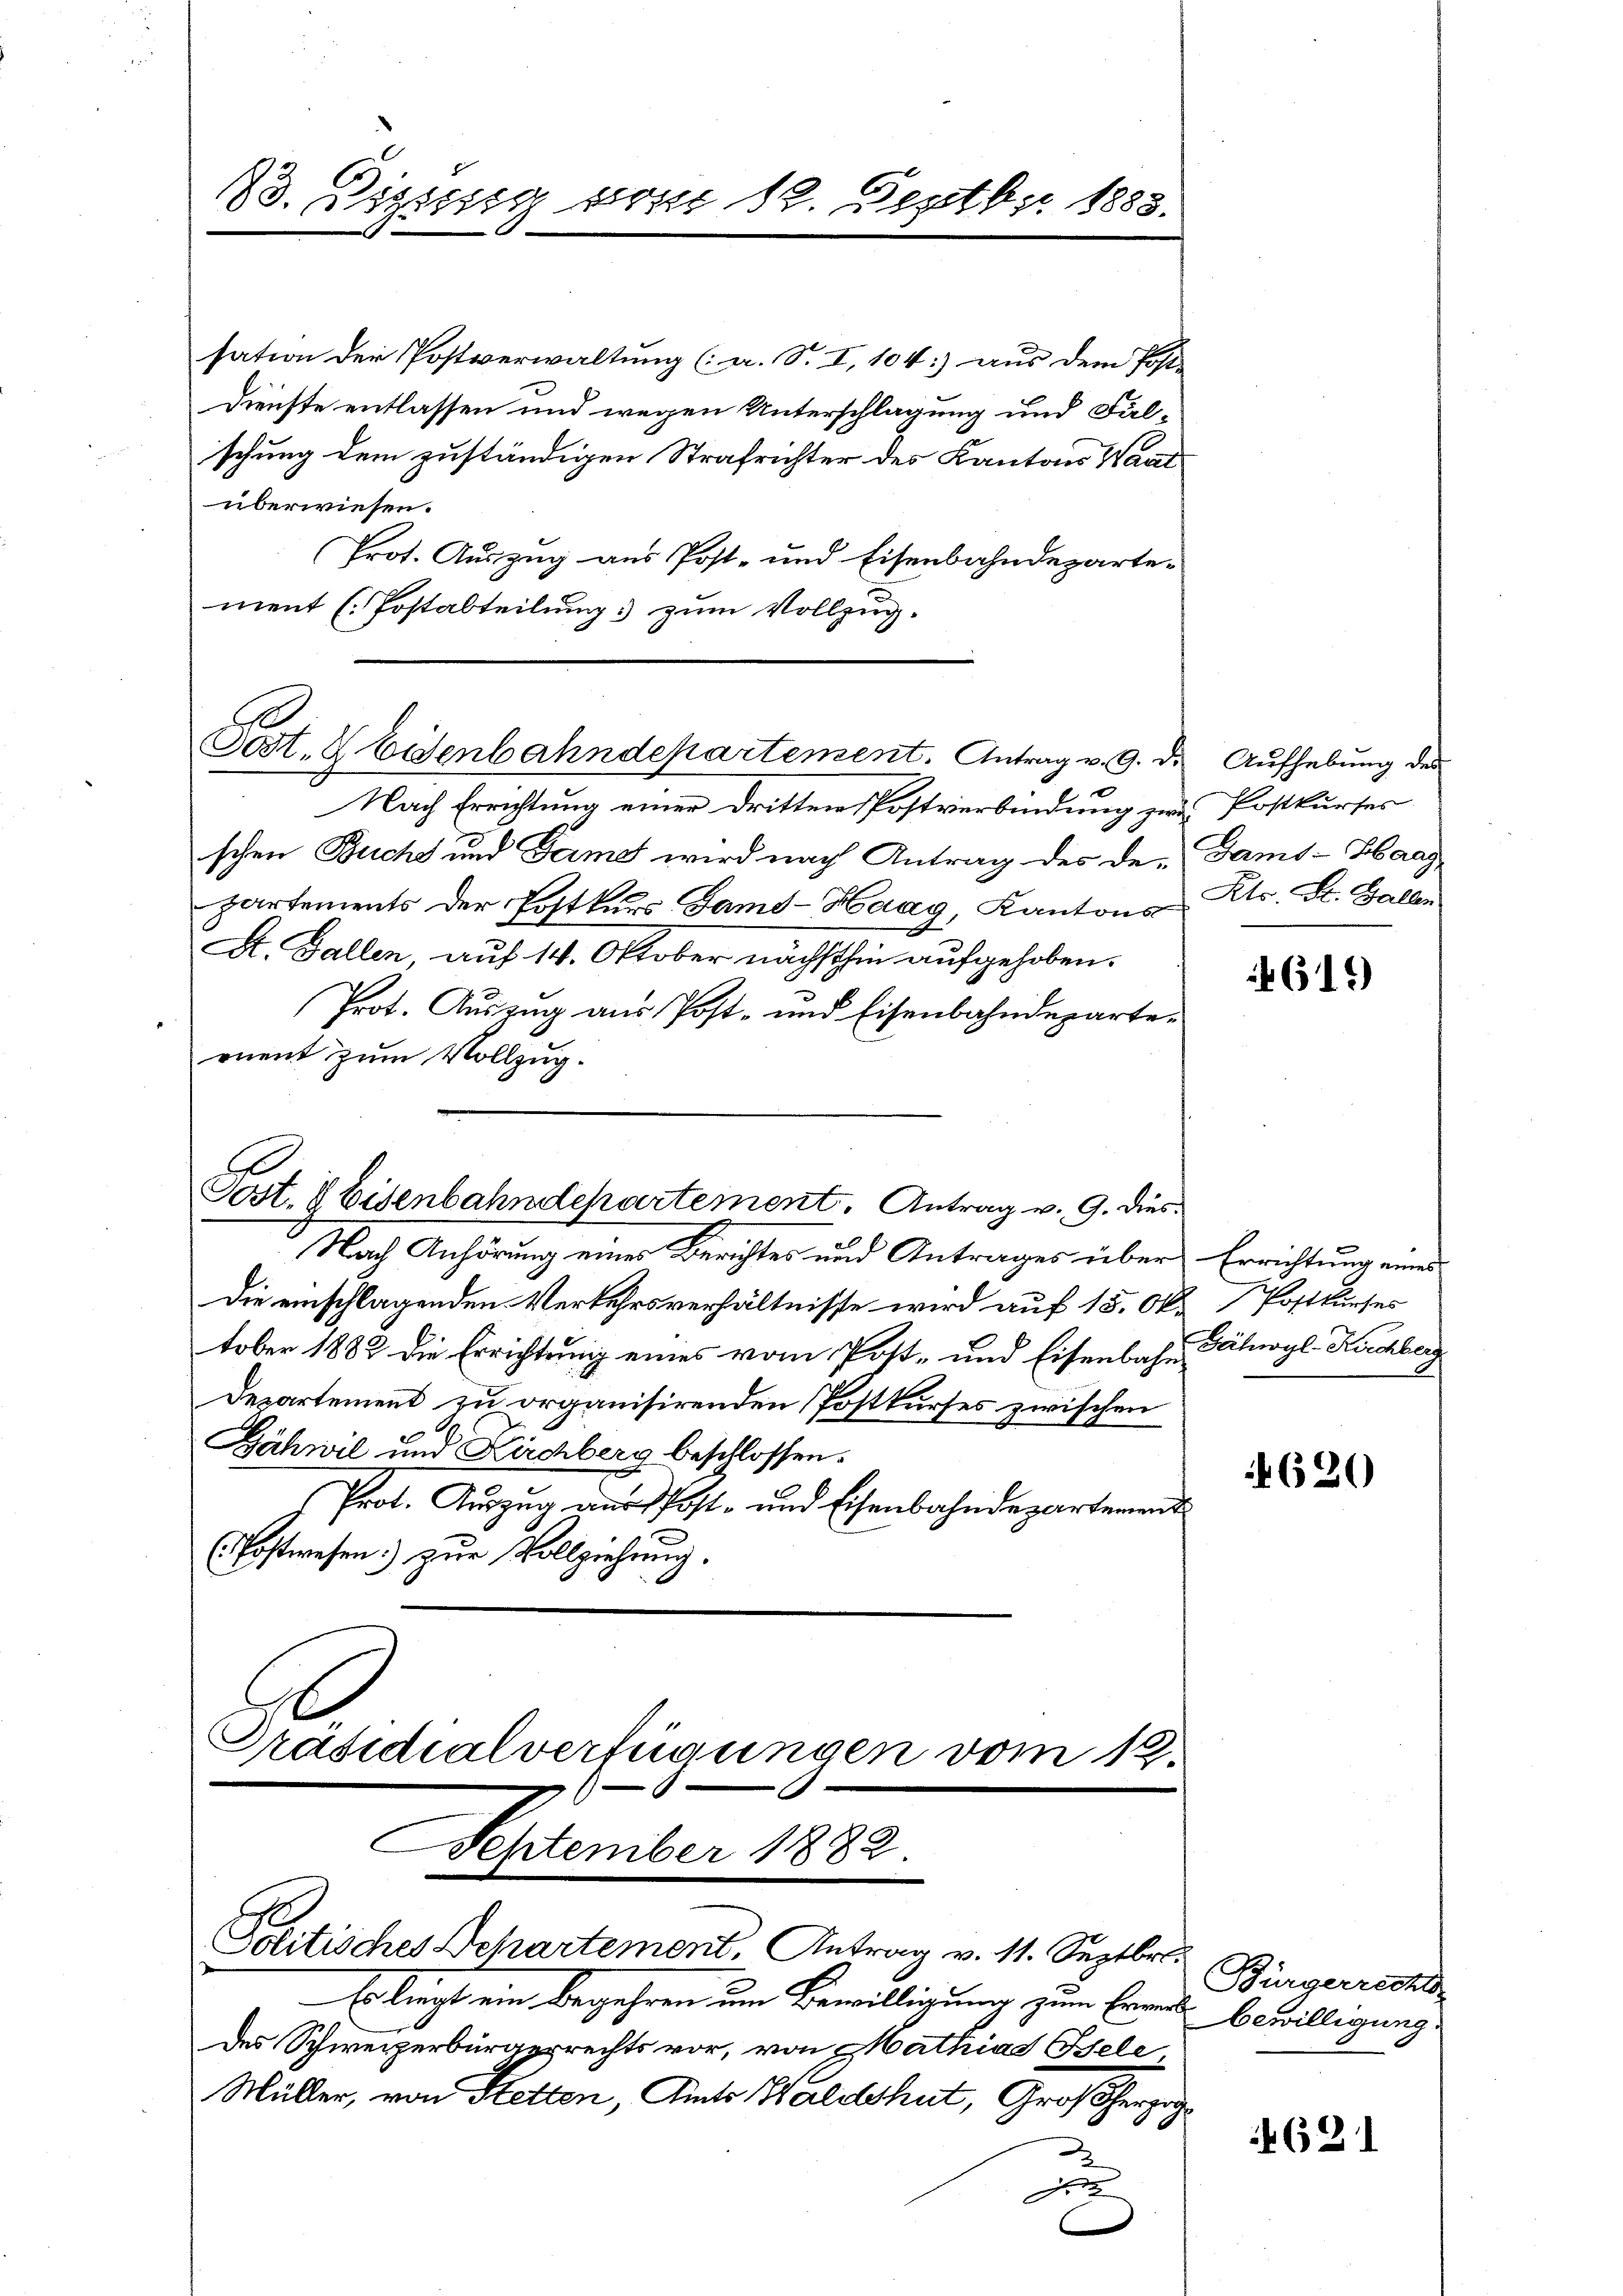
23. Digung vom 12. Septbr. 1883.

sation der Postverwaltung (: a. S. I, 104:) aus dem Post-
Dienste entlassen und wegen Unterschlagung und Fälschung dem zuständigen Strafrichter des Kantons Wand
überwiesen.
Prot. Auszug aus Post- und Eisenbahndepartement (Postabteilung zum Vollzug.

Sost. Eisenbahndepartement. Antrag v. 9. d. Aufhebung der

Fest. 8 Eisenbahndepartement. Antrag v. 9. dies¬

Nach Errichtung einer dritten Postverbindung zur Postkurses
schen Buchs und Tams wird nach Antrag des de-Damt-Haas
partements der Postkurs Famd-Haag, Kantons
A. Gallen, auf 14. Oktober nächsthin aufgehoben.
Prot. Auszug aus Post- und Eisenbahndeparteruent zum Vollzug.
Nach Anhörung eines Berichtes und Antrages über Errichtung eines
Die einschlagenden Verkehrsverhältnisse wird auf 15. Okt. Postkurses
tober 1882 die Errichtung eines vom Post- und Eisenbahn Zähwyl Kirchberg
Departement zu organisirenden Postkurses zwischen
Bähwil und Kirchberg beschlossen.
Prot. Auszug aus Post- und Eisenbahndepartement
(Postwesen) zur Vollziehung.
Präsidialverfügungen vom 12.

September 1882.
Politisches Departement, Antrag v. 11. Septbr.

Es liegt ein Begehren um Bewilligung zum Ergend bewilligung
des Schweizerbürgerrechts vor, von Mathias Bele
Müller, von Ketten, Amts Waldshut, Großherzog
Fre

Kts. St. Gallen

4619

620

Bürgerrechts

621